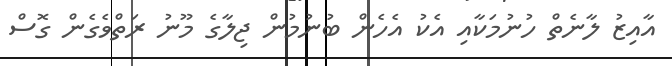
އާއިޒު ލާނެތް ހުނުމަކާއި އެކު އެހެން ބުނުމުން ޖިލާގެ މޫނު ރަތްވެގެން ގޮސް